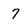
Character: 7